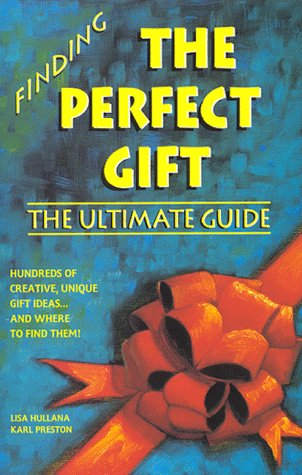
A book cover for Finding the Perfect Gift: The Ultimate Guide : Hundreds of Creative, Unique Gift Ideas...and Where to Find Them!; Lisa Hullana; Cookbooks, Food & Wine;